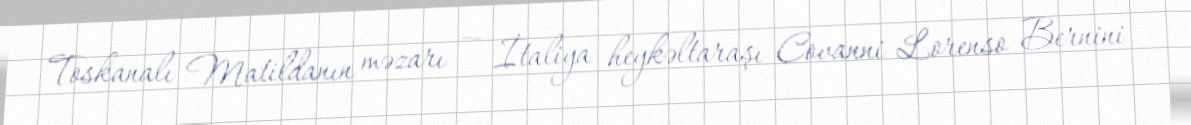
Toskanalı Matildanın məzarı — İtaliya heykəltaraşı Covanni Lorenso Bernini